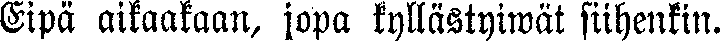
Eipä aikaakaan, jopa kyllästywät siihenkin.